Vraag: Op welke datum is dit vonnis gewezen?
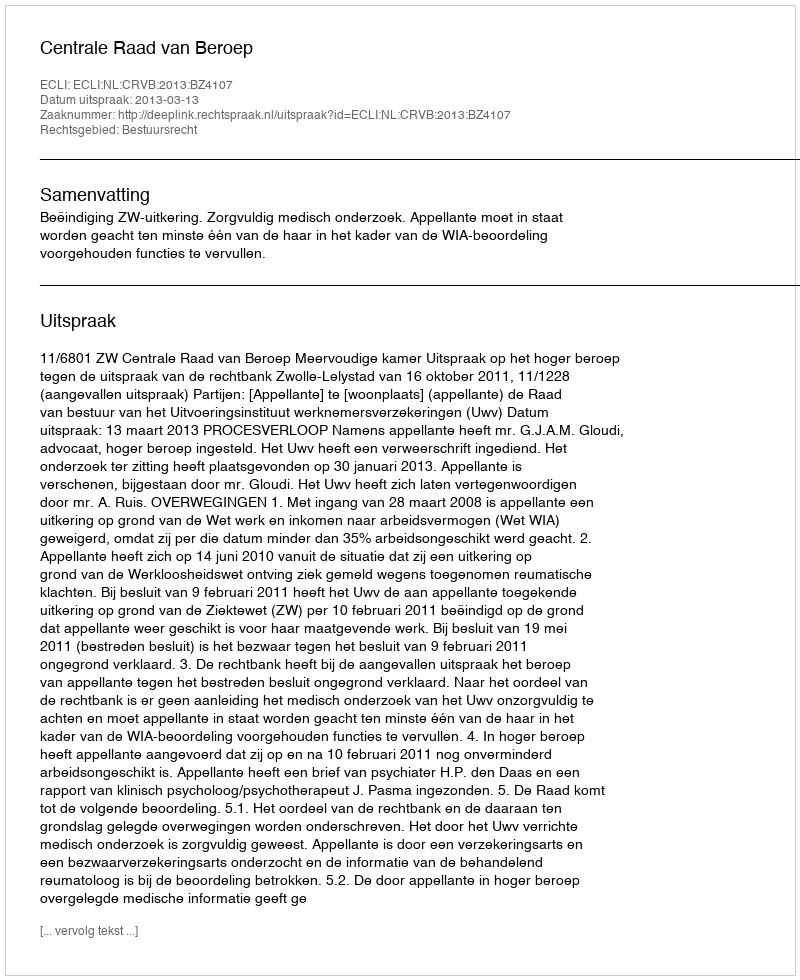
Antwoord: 2013-03-13